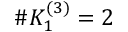
\# K _ { 1 } ^ { ( 3 ) } = 2